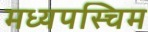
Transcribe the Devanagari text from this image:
मध्यपस्चिम